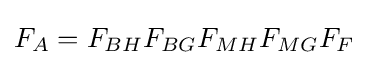
F_{A}=F_{BH}F_{BG}F_{MH}F_{MG}F_{F}